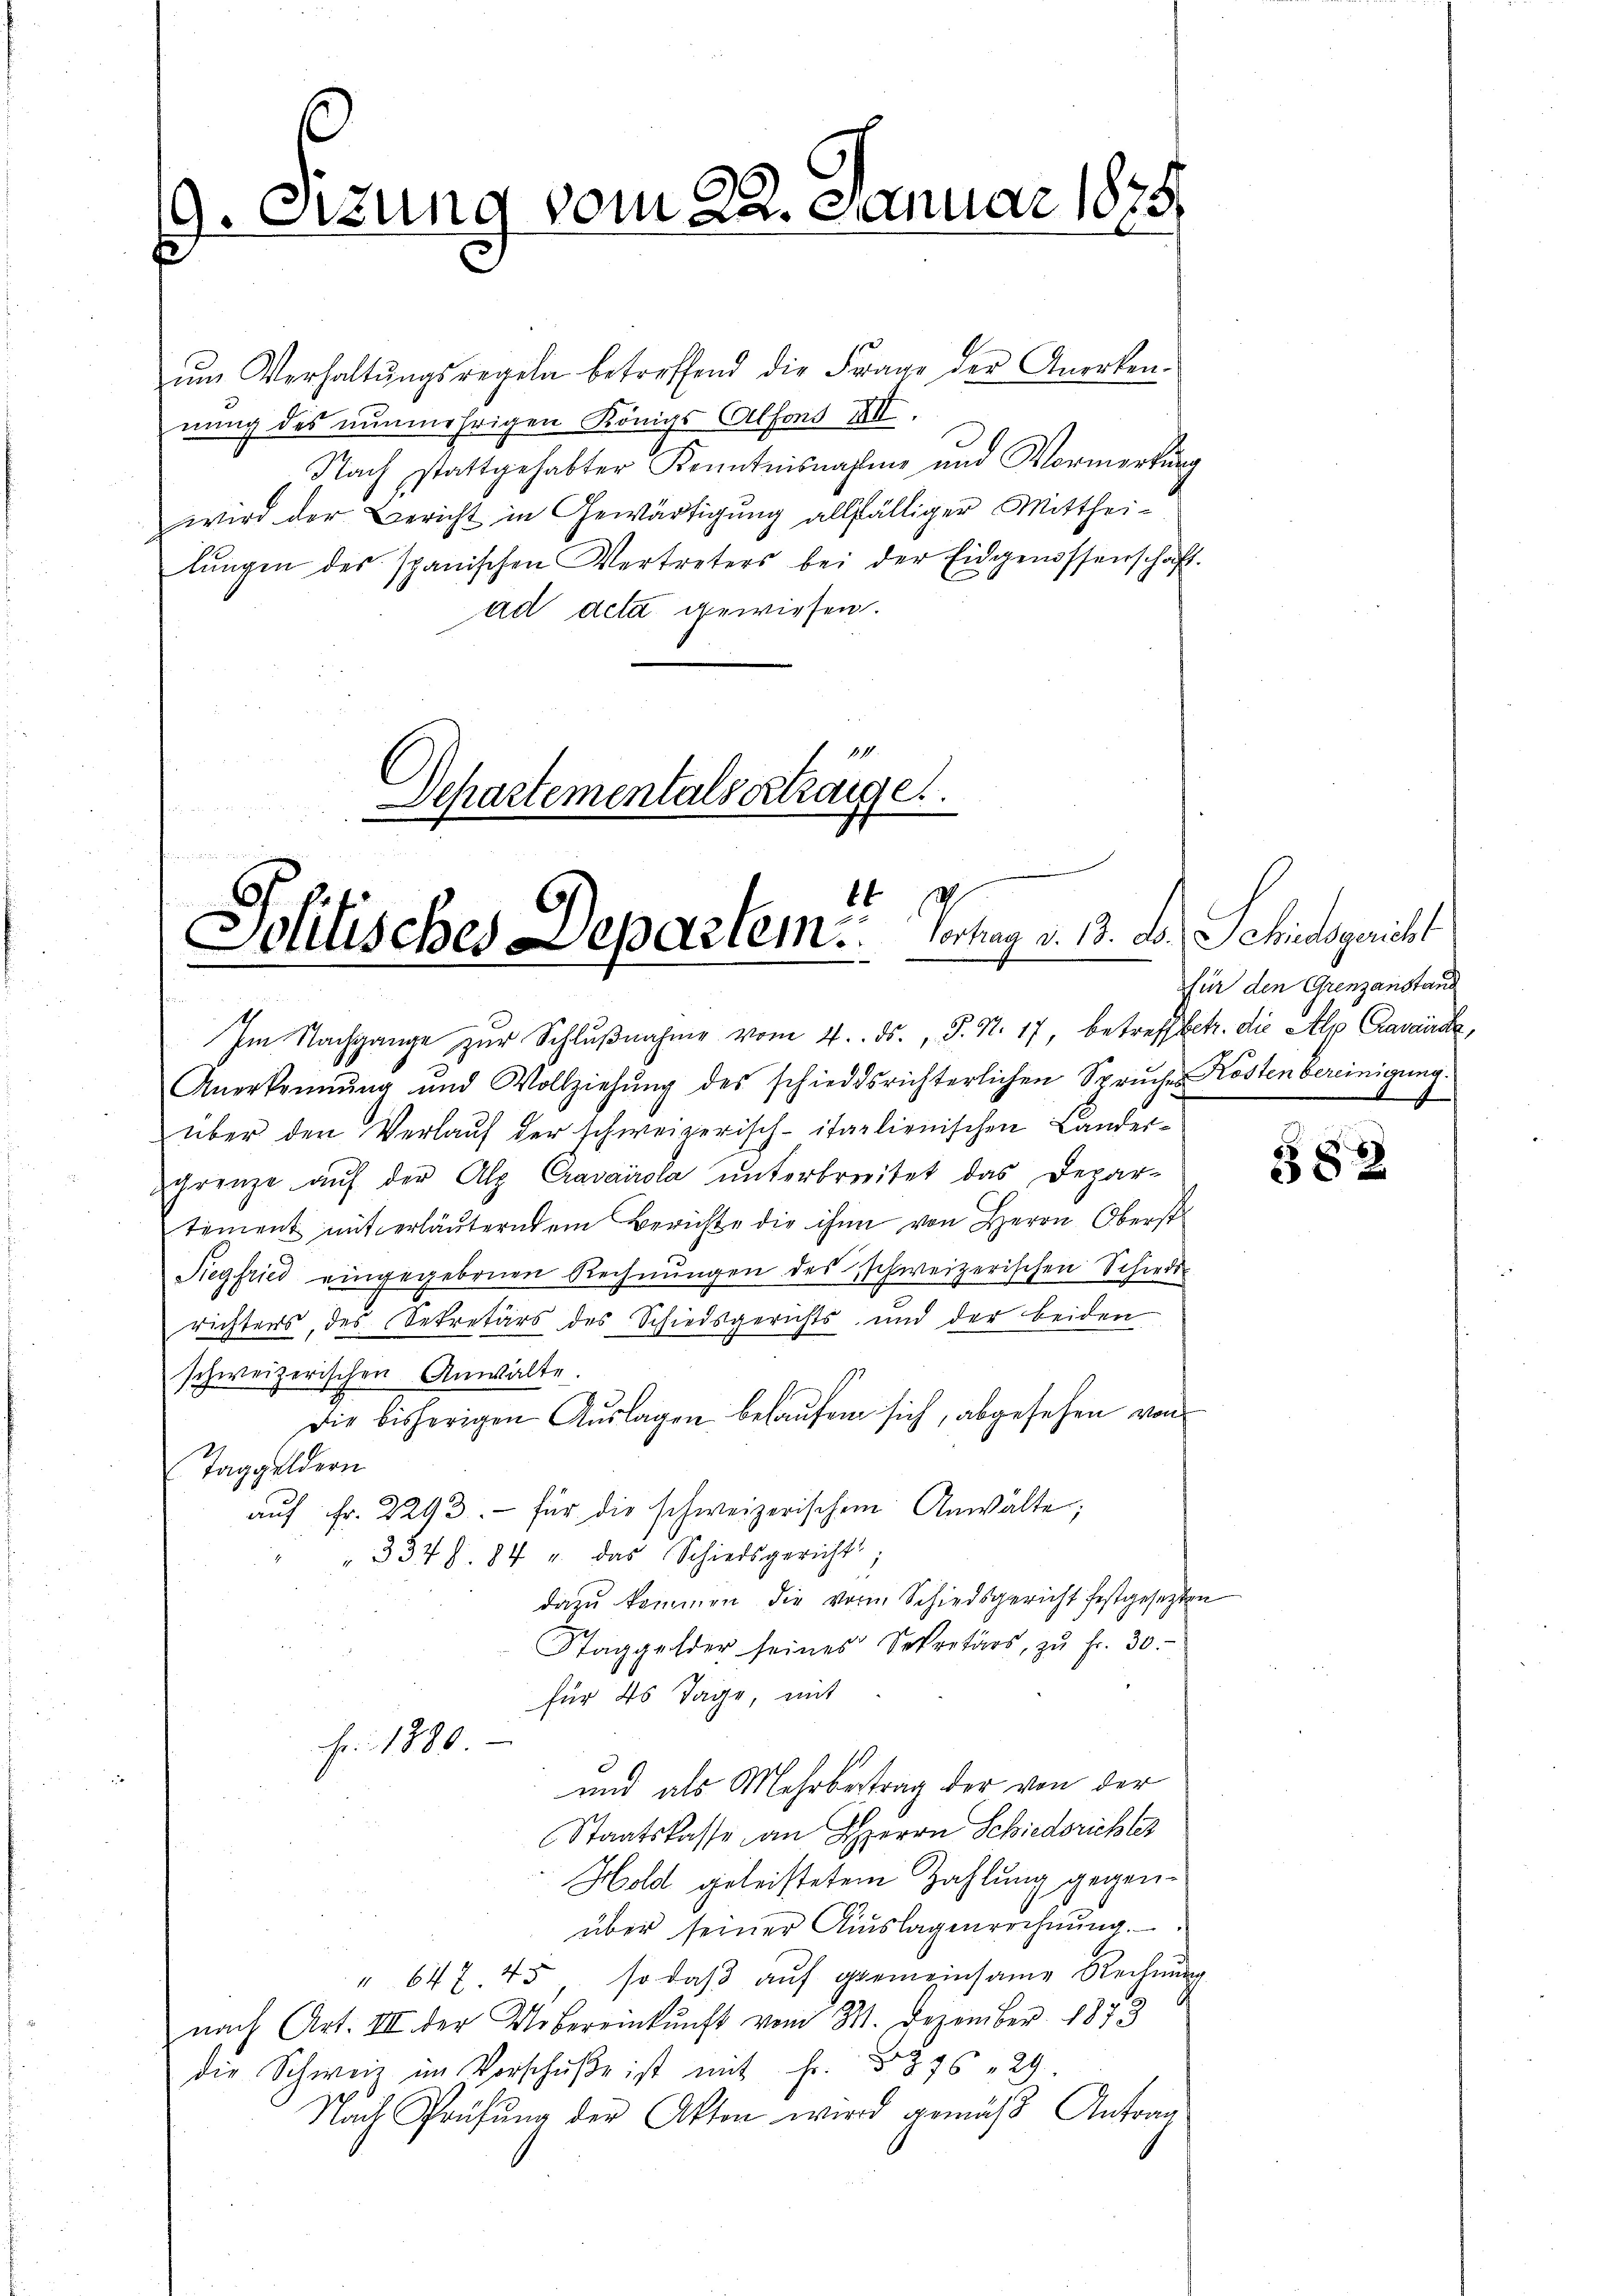
3. Sitzung vom 22. Januar 1875.

ŭm Verhaltŭngsregeln betreffend die Frage der Anerken-
nung des nunmehrigen Königs Alfond XII
Nach stattgehabter Kenntnisnahme und Vormerkung
wird der Bericht in Gewärtigung allfälliger Mittheilŭngen des spanischen Vertreters bei der Eidgenossenschaft.
ad acta gewiesen.
1
Departementals ertrage

2
Solitisches Separtem. Verhag v. 13. ds. Schiedsgericht

Im Nachgange zŭr Schlŭβnahme vom 4. ds., S. S. 17, betreffbetr. die Alp Cravance,
Anerkennung und Vollziehŭng des schiedsrichterlichen Spruches Kosten bereinigung.
über den Verlaŭf der schweizerisch-italienischen Lander-
Grenze aŭf der Alp Cravairola unterbreitet das Depar-
tement mit erläuterndem Berichte die ihn von Herrn Oberst
Siegfried eingegebenen Rechnŭngen des schweizerischen Schiede
richters, des Sekretärs des Schiedsgerichts und der beiden
schweizerischen Anwalte.
Die bisherigen Auslagen behaufen sich, abgesehen von
Taggeldern
aŭf Fr. 2293. für die schweizerischen Anwalte;
337 f. 84 u. das Schiedsgericht;
dazu kommen, die vor Schiedsgericht festgesezten
Taggelder seines Sekretärs, zŭ fr. 30.
für 40 Tage, mit
Fr. 1880
und als Mehrbertrag der von der
Staatskasse an Herrn Schiedsrichtes
Hold geleistetem Zahlung gegenüber seiner Auslagenrechnŭng.
" 647. 45 so daβ aŭf gemeinsame Rechnŭng
nach Art. III der Uebereinkunft vom 31. Dezember 1873
die Schweiz im Vorschŭβe ist mit Fr. 1875 " 29
Nach Prüfung der Akten wird gemäβ Antrag

für den Grenzanstand

382